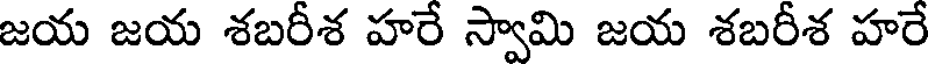
జయ జయ శబరీశ హరే స్వామి జయ శబరీశ హరే